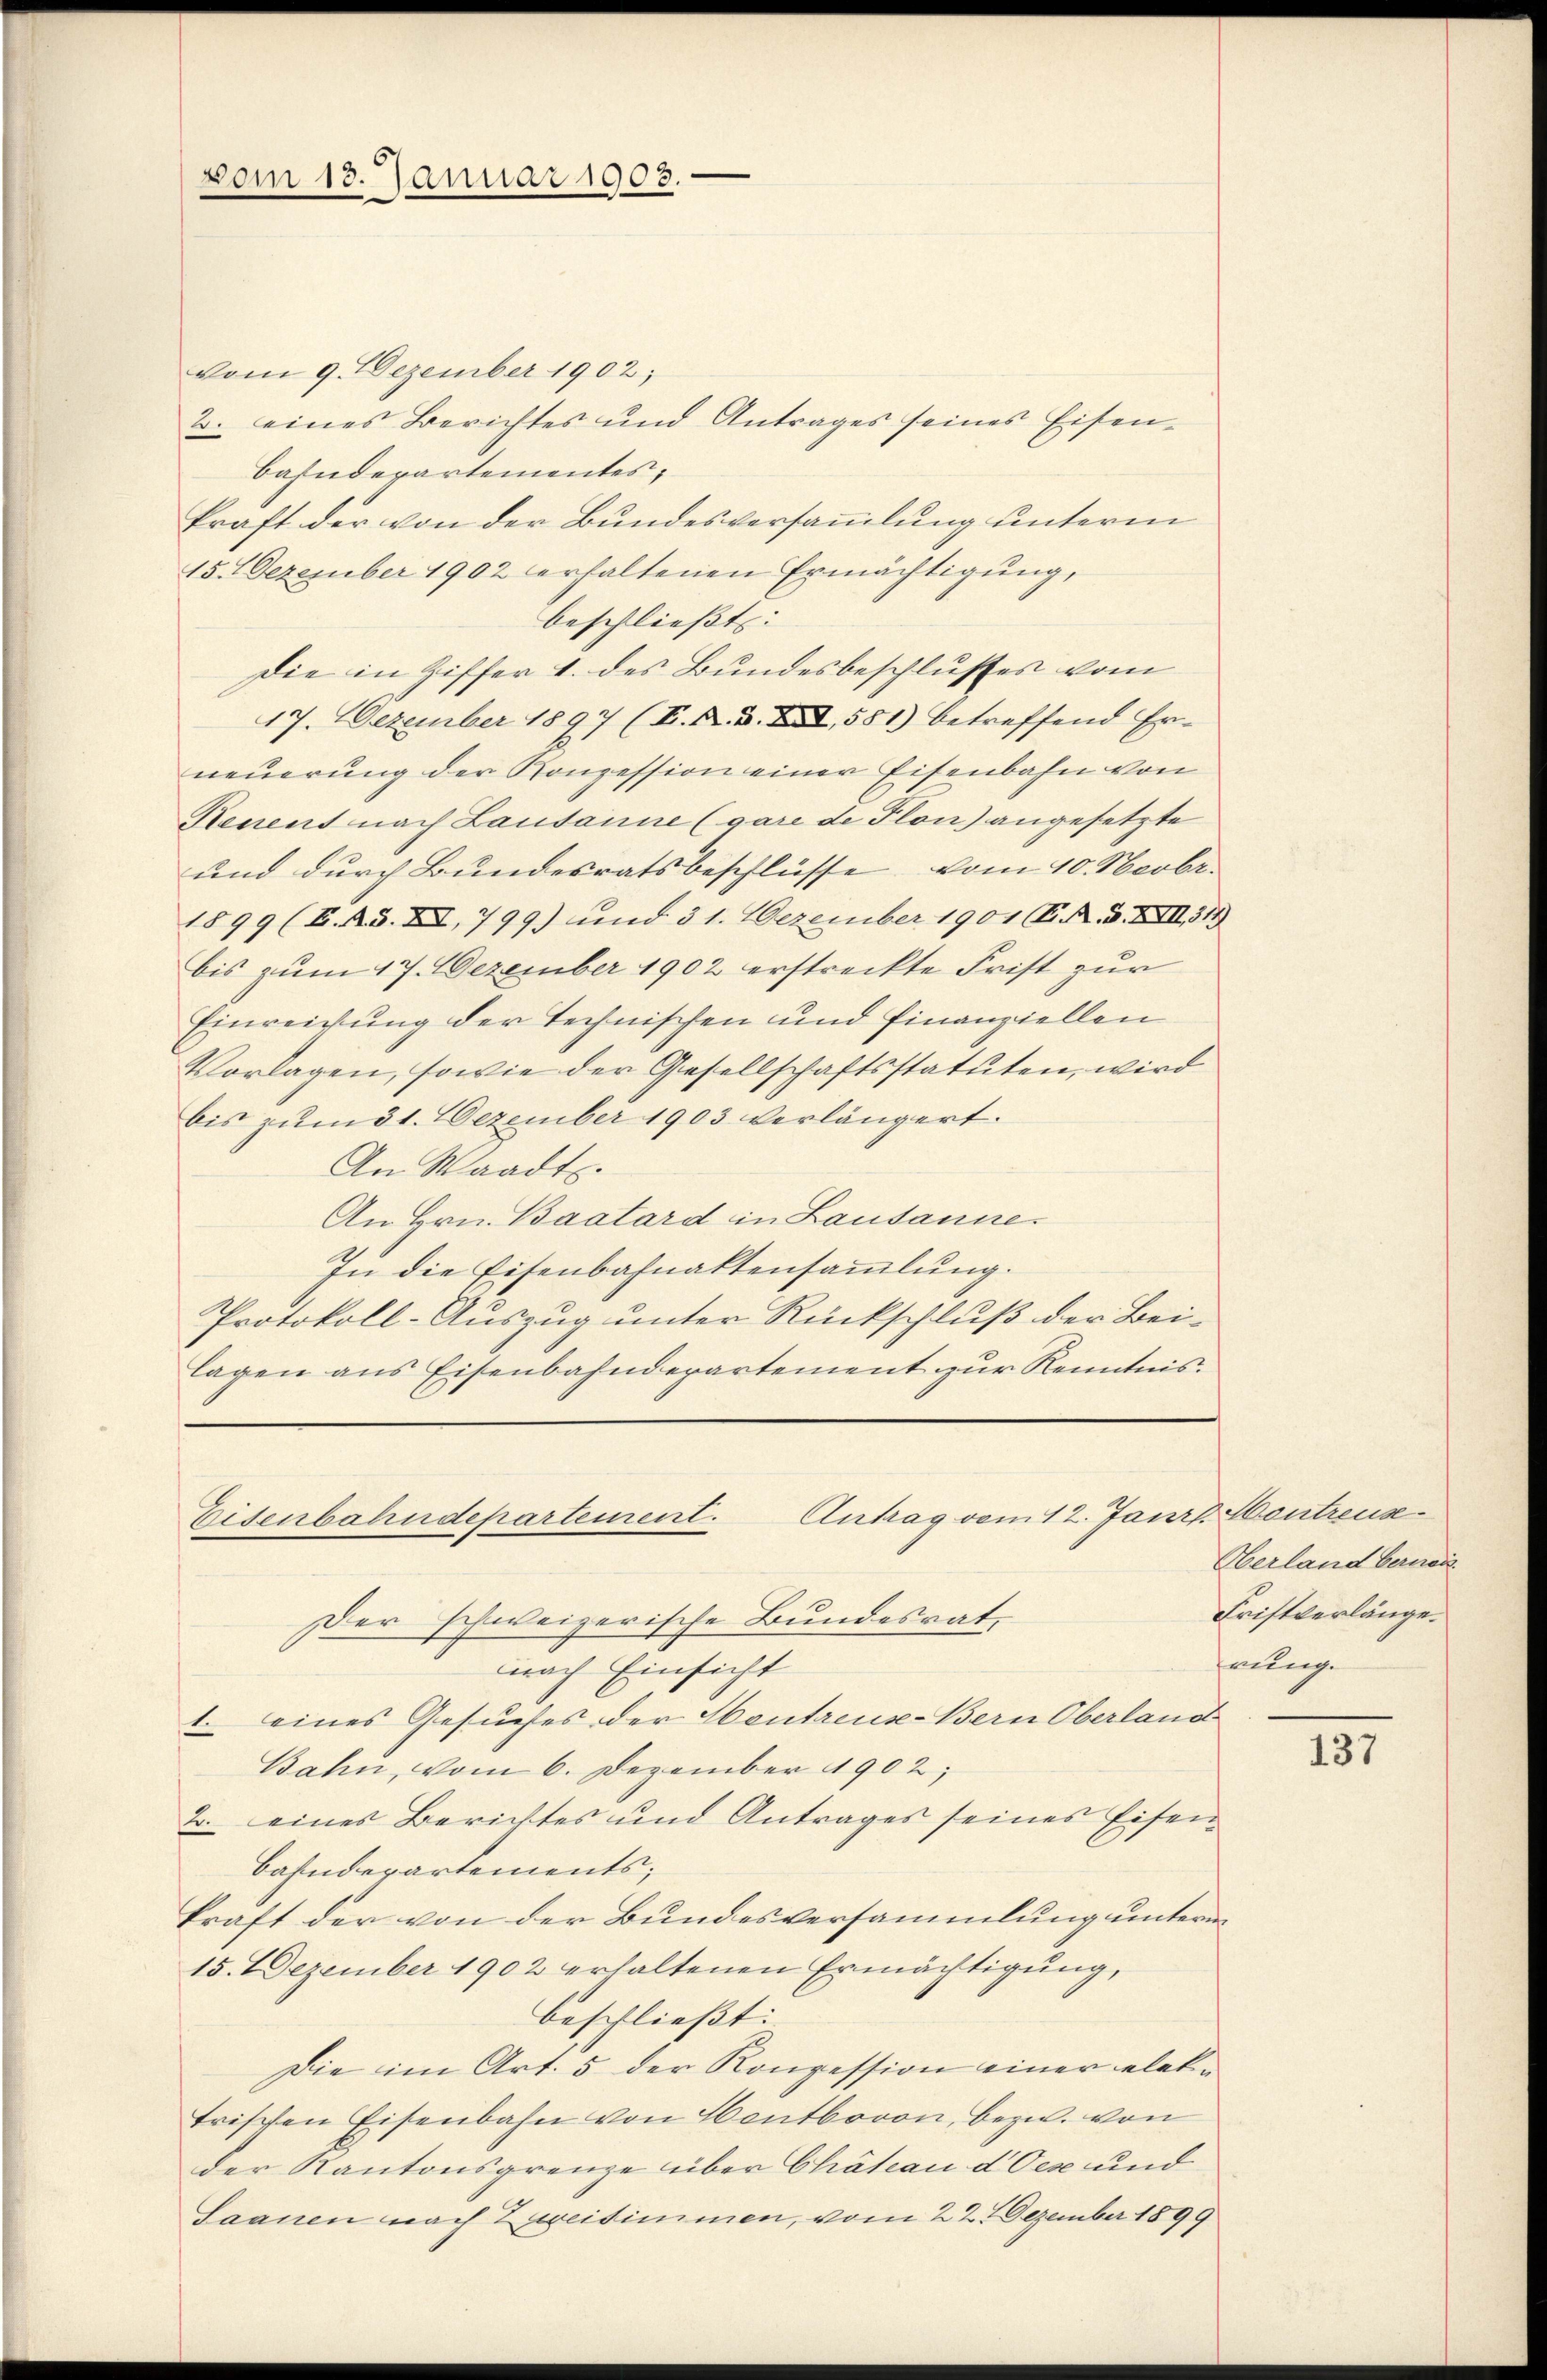
vom 13. Januar 1903.

vom 9. Dezember 1902;
2. eines Berichtes und Antrages seines Eisenbahndepartementes,
kraft der von der Bundesversammlung unterm
15. Dezember 1902 erhaltenen Ermächtigung,
beschließt: |
Die in Ziffer 4. des Bundesbeschlusses vom
47. Dezember 1897 (E. N. B. I, 581) betreffend Erneuerung der Konzession einer Eisenbahn von
Renent nach Lausanne (gare de Flon) angesetzte
und durch Bundesratsbeschlüsse vom 10. Novbr.
1899 (B.R. XII, 799) und 31. Dezember 1901 (C. R. V. XXII. 319
bis zum 17. Dezember 1902 erstreckte Frist zur
Einreichung der Technischen und Finanziellen
Vorlagen, sowie der Gesellschaftsstatuten, wird
bis zum 31. Dezember 1903 verlängert.
An Waadt.
An Hrn. Baatard in Lausanne.
In die Eisenbahnaktensammlung.
Protokoll-Auszug unter Rückschluß der Beilagen aus Eisenbahndepartement zur Kenntnis.

Antrag vom 12. Janrt Montreuse.
Eisenbahndepartement.
Der schweizerische Bundesrat,

nach Einsicht
1. eines Gesuches der Hentreuse-Bern Oberland
Bahn, vom 6. Dezember 1902;
2. eines Berichtes und Antrages seines Eisen¬
Bahnderartements;
kraft der von der Bundesversammlung unterm
15. Dezember 1902 erhaltenen Ermächtigung,
beschließt:
Die im Art. 5 der Konzession einer elektrischen Eisenbahn von Hentbovon, bezw. von
der Kantonsgrenze über Chäteau d Oex und
Saanen nach Zureisimmen, vom 22. Dezember 1899

Oberland bernor
Fristverlänge.
rung.

137